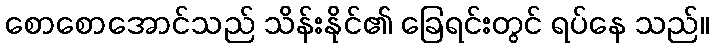
စောစောအောင်သည် သိန်းနိုင်၏ ခြေရင်းတွင် ရပ်နေ သည်။